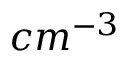
c m ^ { - 3 }